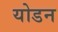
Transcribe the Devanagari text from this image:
योडन